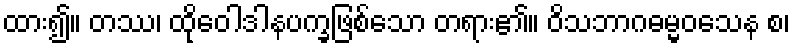
ထား၍။ တဿ၊ ထိုဝေါဒါနပက္ခဖြစ်သော တရား၏။ ဝိသဘာဂဓမ္မဝသေန စ၊